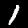
Digit: 1